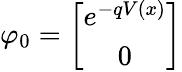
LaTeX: \varphi_{0}=\left[\begin{array}{c}{{e^{-qV(x)}}}\\ {{0}}\end{array}\right]